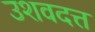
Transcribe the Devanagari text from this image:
उशवदत्त